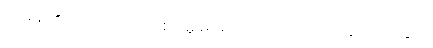
(၄) မိမိ၏ ကောင်းသတင်းကိုမူ မမေးသော်လည်း ပြောဆိုတတ်ခြင်း။